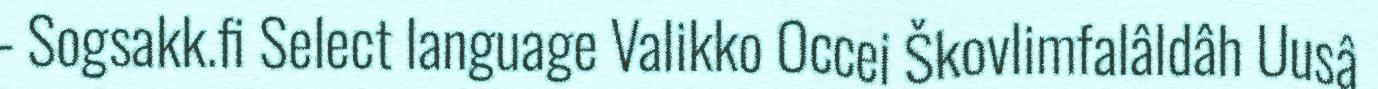
- Sogsakk.fi Select language Valikko Occei Škovlimfalâldâh Uusâ